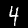
Label: 4